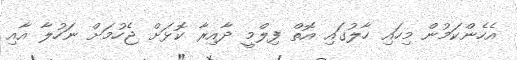
އެހެންކަމުން މިހައި ހާލުގައި އޮތް ފިލްމީ ދާއިރާ ކޮޅަށް ޖެހުމަށް ނަހުލާ އާއި